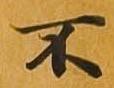
不